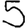
Digit: 5